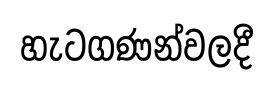
හැටගණන්වලදී